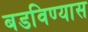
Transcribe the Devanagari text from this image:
बडविण्यास